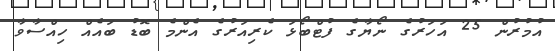
އުމުރުން 25 އަހަރުގެ ނޯޔާގެ ފުޓްބޯޅަ ކެރިއަރުގެ އެންމެ ބޮޑު ބައެއް ހިއްސާވާ